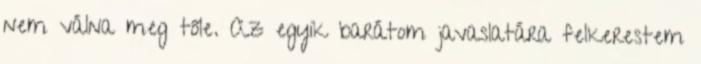
nem válna meg tőle. Az egyik barátom javaslatára felkerestem